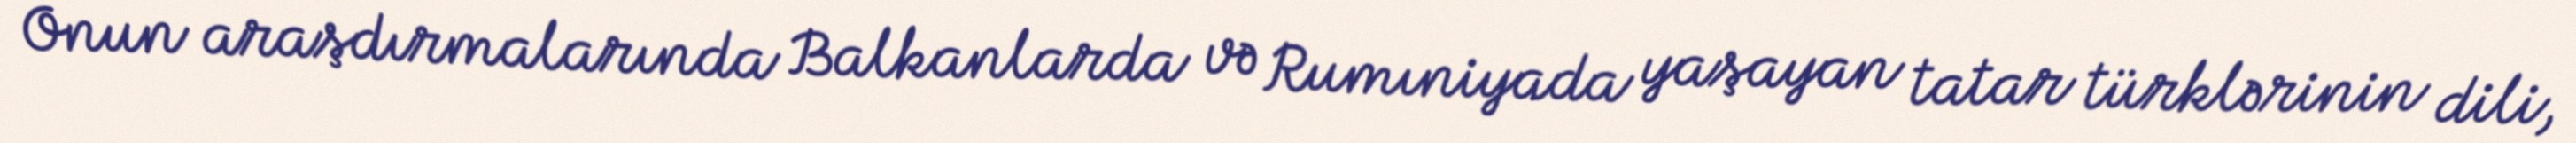
Onun araşdırmalarında Balkanlarda və Rumıniyada yaşayan tatar türklərinin dili,